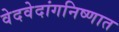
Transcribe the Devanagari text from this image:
वेदवेदांगनिष्णात